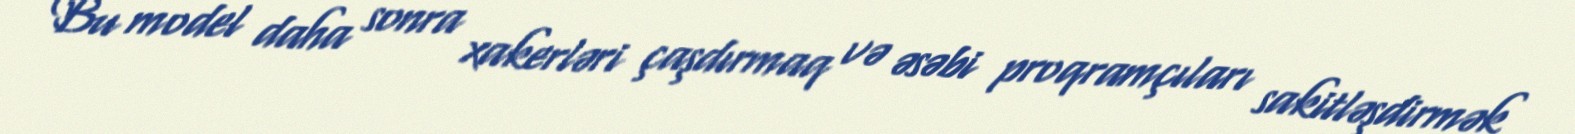
Bu model daha sonra xakerləri çaşdırmaq və əsəbi proqramçıları sakitləşdirmək